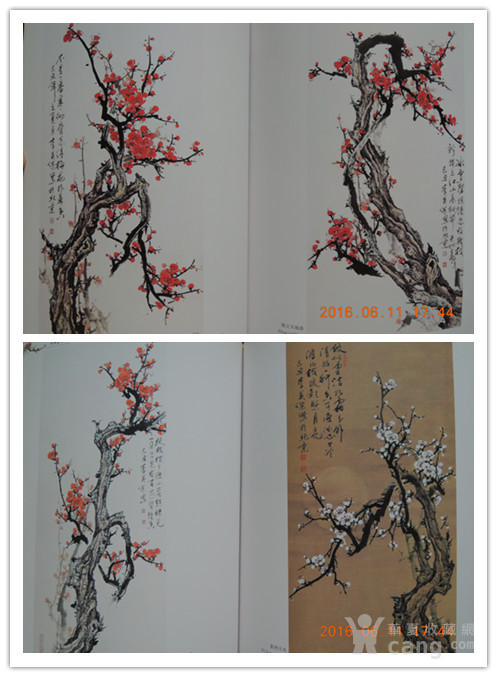
野桥古梅独卧寒屋角，疏影横斜暗上书窗敲。